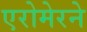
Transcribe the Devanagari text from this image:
एरोमेरने